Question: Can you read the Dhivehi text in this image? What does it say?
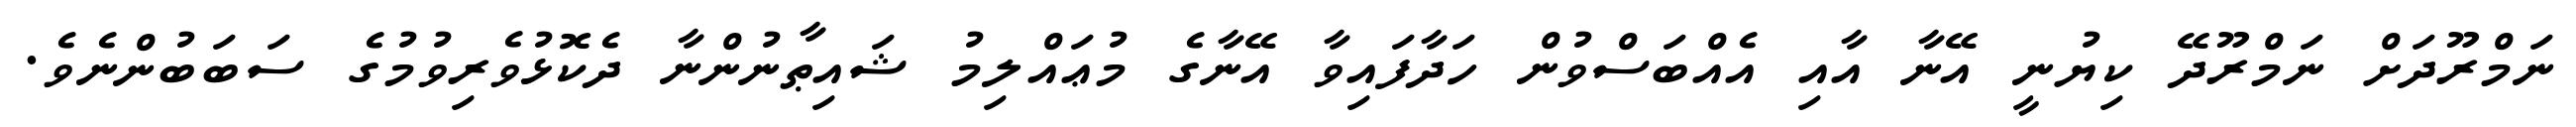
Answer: ނަމްރޫދަށް ނަމްރޫދޭ ކިޔުނީ އޭނާ އާއި އެއްބަސްވުން ހަދާފައިވާ އޭނާގެ މުޢައްލިމު ޝައިޠާނުންނާ ދެކޮޅުވެރިވުމުގެ ސަބަބުންނެވެ.